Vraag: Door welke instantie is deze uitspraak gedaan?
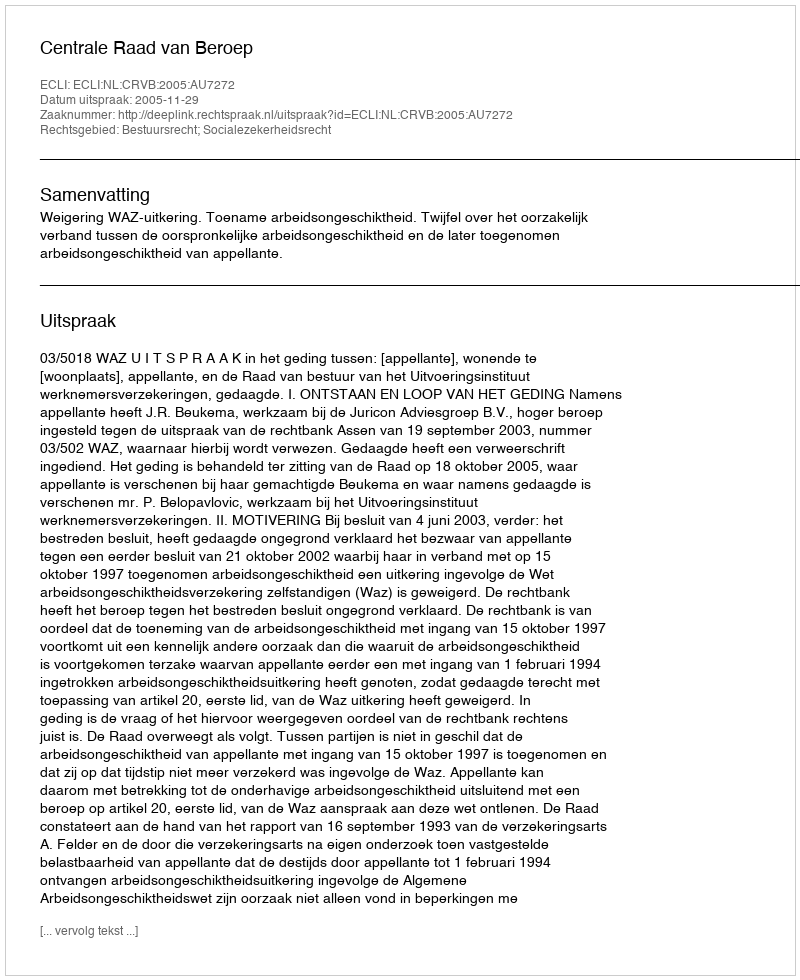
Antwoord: Centrale Raad van Beroep